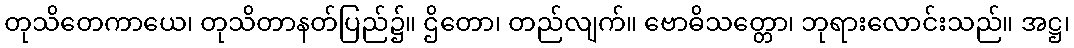
တုသိတေကာယေ၊ တုသိတာနတ်ပြည်၌။ ဌိတော၊ တည်လျက်။ ဗောဓိသတ္တော၊ ဘုရားလောင်းသည်။ အဋ္ဌ၊